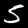
Digit: 5